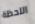
اللحظة